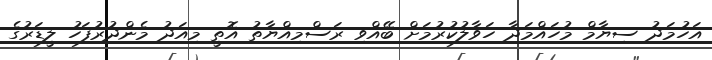
އަހުމަދު ސިޔާމް މުހައްމަދާ ހަވާލުކުރުމަށް ބޭއްވި ރަސްމިއްޔާތު އޮތީ މިއަދު މެންދުރުފަހު ލީޑަރުގެ